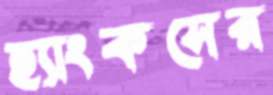
হ্যাংকসের